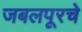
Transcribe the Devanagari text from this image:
जबलपूरचे